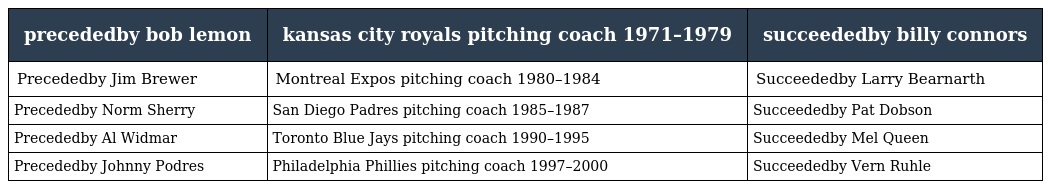
| precededby bob lemon | kansas city royals pitching coach 1971–1979 | succeededby billy connors |
 | --- | --- | --- |
 | Precededby Jim Brewer | Montreal Expos pitching coach 1980–1984 | Succeededby Larry Bearnarth |
 | Precededby Norm Sherry | San Diego Padres pitching coach 1985–1987 | Succeededby Pat Dobson |
 | Precededby Al Widmar | Toronto Blue Jays pitching coach 1990–1995 | Succeededby Mel Queen |
 | Precededby Johnny Podres | Philadelphia Phillies pitching coach 1997–2000 | Succeededby Vern Ruhle |